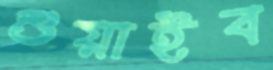
শুয়াইব